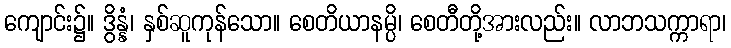
ကျောင်း၌။ ဒွိန္နံ၊ နှစ်ဆူကုန်သော။ စေတိယာနမ္ပိ၊ စေတီတို့အားလည်း။ လာဘသက္ကာရာ၊